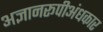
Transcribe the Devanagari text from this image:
अज्ञानरूपीअंधकार